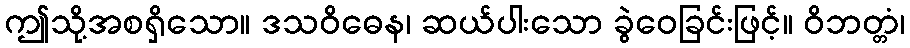
ဤသို့အစရှိသော။ ဒသဝိဓေန၊ ဆယ်ပါးသော ခွဲဝေခြင်းဖြင့်။ ဝိဘတ္တံ၊